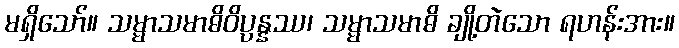
မရှိသော်။ သမ္မာသမာဓိဝိပ္ပန္နဿ၊ သမ္မာသမာဓိ ချို့တဲသော ရဟန်းအား။